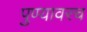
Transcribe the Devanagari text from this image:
पुण्यावरच